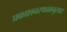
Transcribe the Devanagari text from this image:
प्रकाशनस्थळानुसार